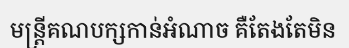
មន្ត្រីគណបក្សកាន់អំណាច គឺតែងតែមិន